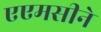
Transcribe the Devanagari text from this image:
एएमसीने